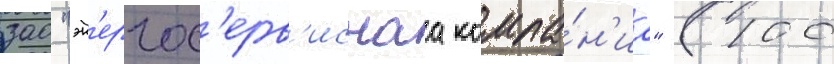
зао "эн'ергос'ерв'иснаа компа́н'иа" (100